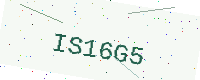
Text: IS16G5